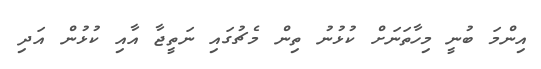
އިންމަ ބުނީ މިހާތަނަށް ކުޅުނު ތިން މެޗުގައި ނަތީޖާ އާއި ކުޅުން އަދި